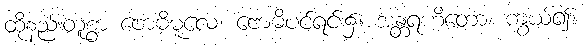
ထိုနည်းတူစွာ ဗောဓိမူလေ၊ ဗောဓိပင်ရင်း၌။ အန္တရဟိတော၊ ကွယ်၍။